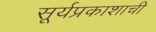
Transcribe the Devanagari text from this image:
सूर्यप्रकाशाची